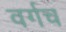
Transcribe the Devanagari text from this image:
वर्गच